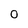
Character: 0